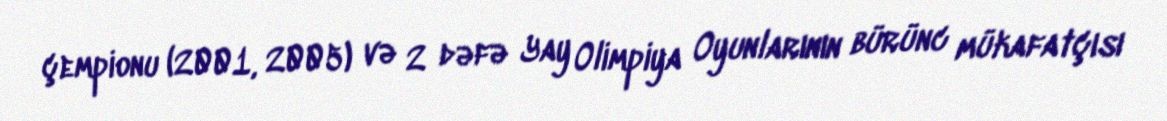
çempionu (2001, 2005) və 2 dəfə Yay Olimpiya Oyunlarının bürünc mükafatçısı